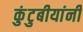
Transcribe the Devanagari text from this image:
कुंटुबीयांनी